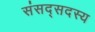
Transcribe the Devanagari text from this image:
संसद्सदस्य